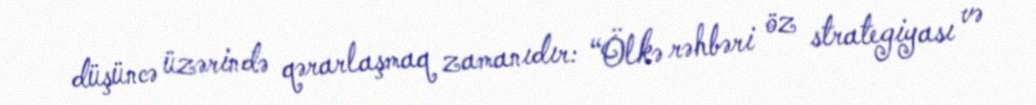
düşüncə üzərində qərarlaşmaq zamanıdır: “Ölkə rəhbəri öz strategiyası və